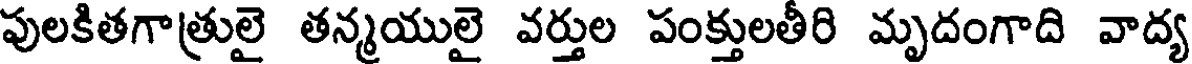
పులకితగాత్రులై తన్మయులై వర్తుల పంక్తులతీరి మృదంగాది వాద్య